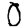
Digit: 0